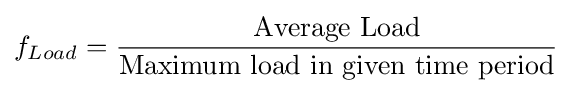
f_{Load}={\frac {\text{Average Load}}{\text{Maximum load in given time period}}}